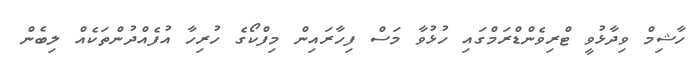
ހާޝިމް ވިދާޅުވީ ޓްރިވެންޑްރަމްގައި ހުޅުވާ މަސް ފިހާރައިން މިފްކޯގެ ހުރިހާ އުފެއްދުންތަކެއް ލިބެން